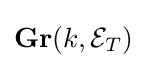
\mathbf {Gr} (k,{\mathcal {E}}_{T})